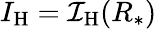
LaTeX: I_{\mathrm{H}}={\cal I}_{\mathrm{H}}(R_{*})